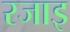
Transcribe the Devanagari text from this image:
रजाइ